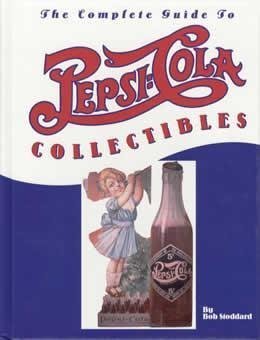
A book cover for The Complete Guide to PEPSI-COLA Collectibles; Bob Stoddard; Crafts, Hobbies & Home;